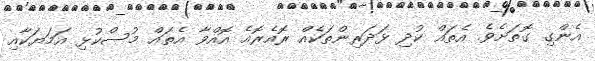
އެންގި ގޮތަށެވެ. އެތައް ކުދި ޅަދަރިންތަކެއް ރޮއެރޮއެ އޮއްވާ އެތައް މުސްކުޅި އަމަޔަކާއި